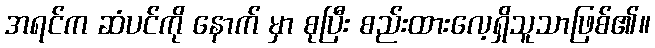
အရင်က ဆံပင်ကို နောက် မှာ စုပြီး စည်းထားလေ့ရှိသူသာဖြစ်၏။